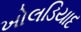
ખોલડિયાદ